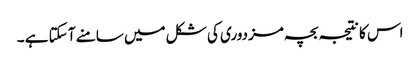
اس کا نتیجہ بچہ مزدوری کی شکل میں سامنے آ سکتا ہے ۔